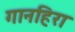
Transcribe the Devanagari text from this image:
गानहिरा